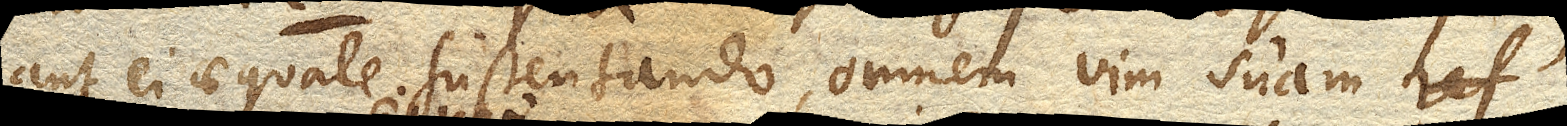
aut ei aequale sustentando , omnem vim suam